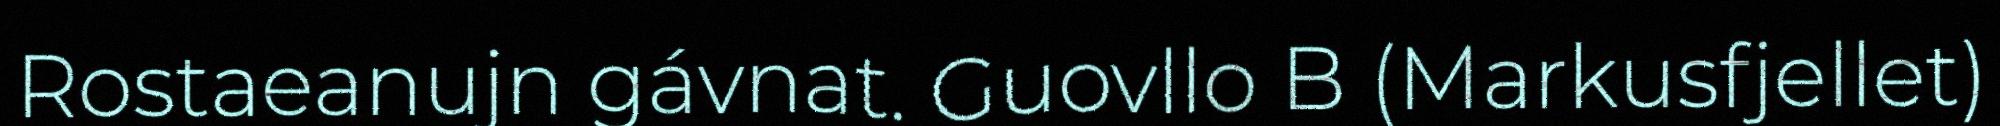
Rostaeanujn gávnat. Guovllo B (Markusfjellet)